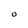
Character: O